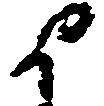
よ